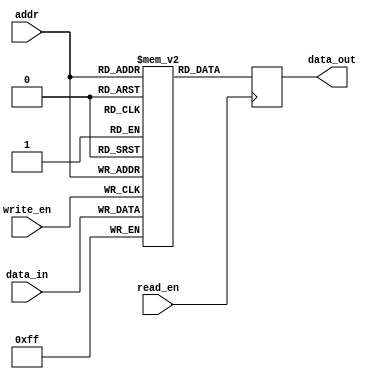
module register_file(
    input wire [7:0] addr,
    input wire [7:0] data_in,
    input wire write_en,
    input wire read_en,
    output reg [7:0] data_out
);

reg [7:0] mem [255:0];

always @ (posedge write_en)
begin
    if(write_en)
        mem[addr] <= data_in;
end

always @ (posedge read_en)
begin
    if(read_en)
        data_out <= mem[addr];
end

endmodule